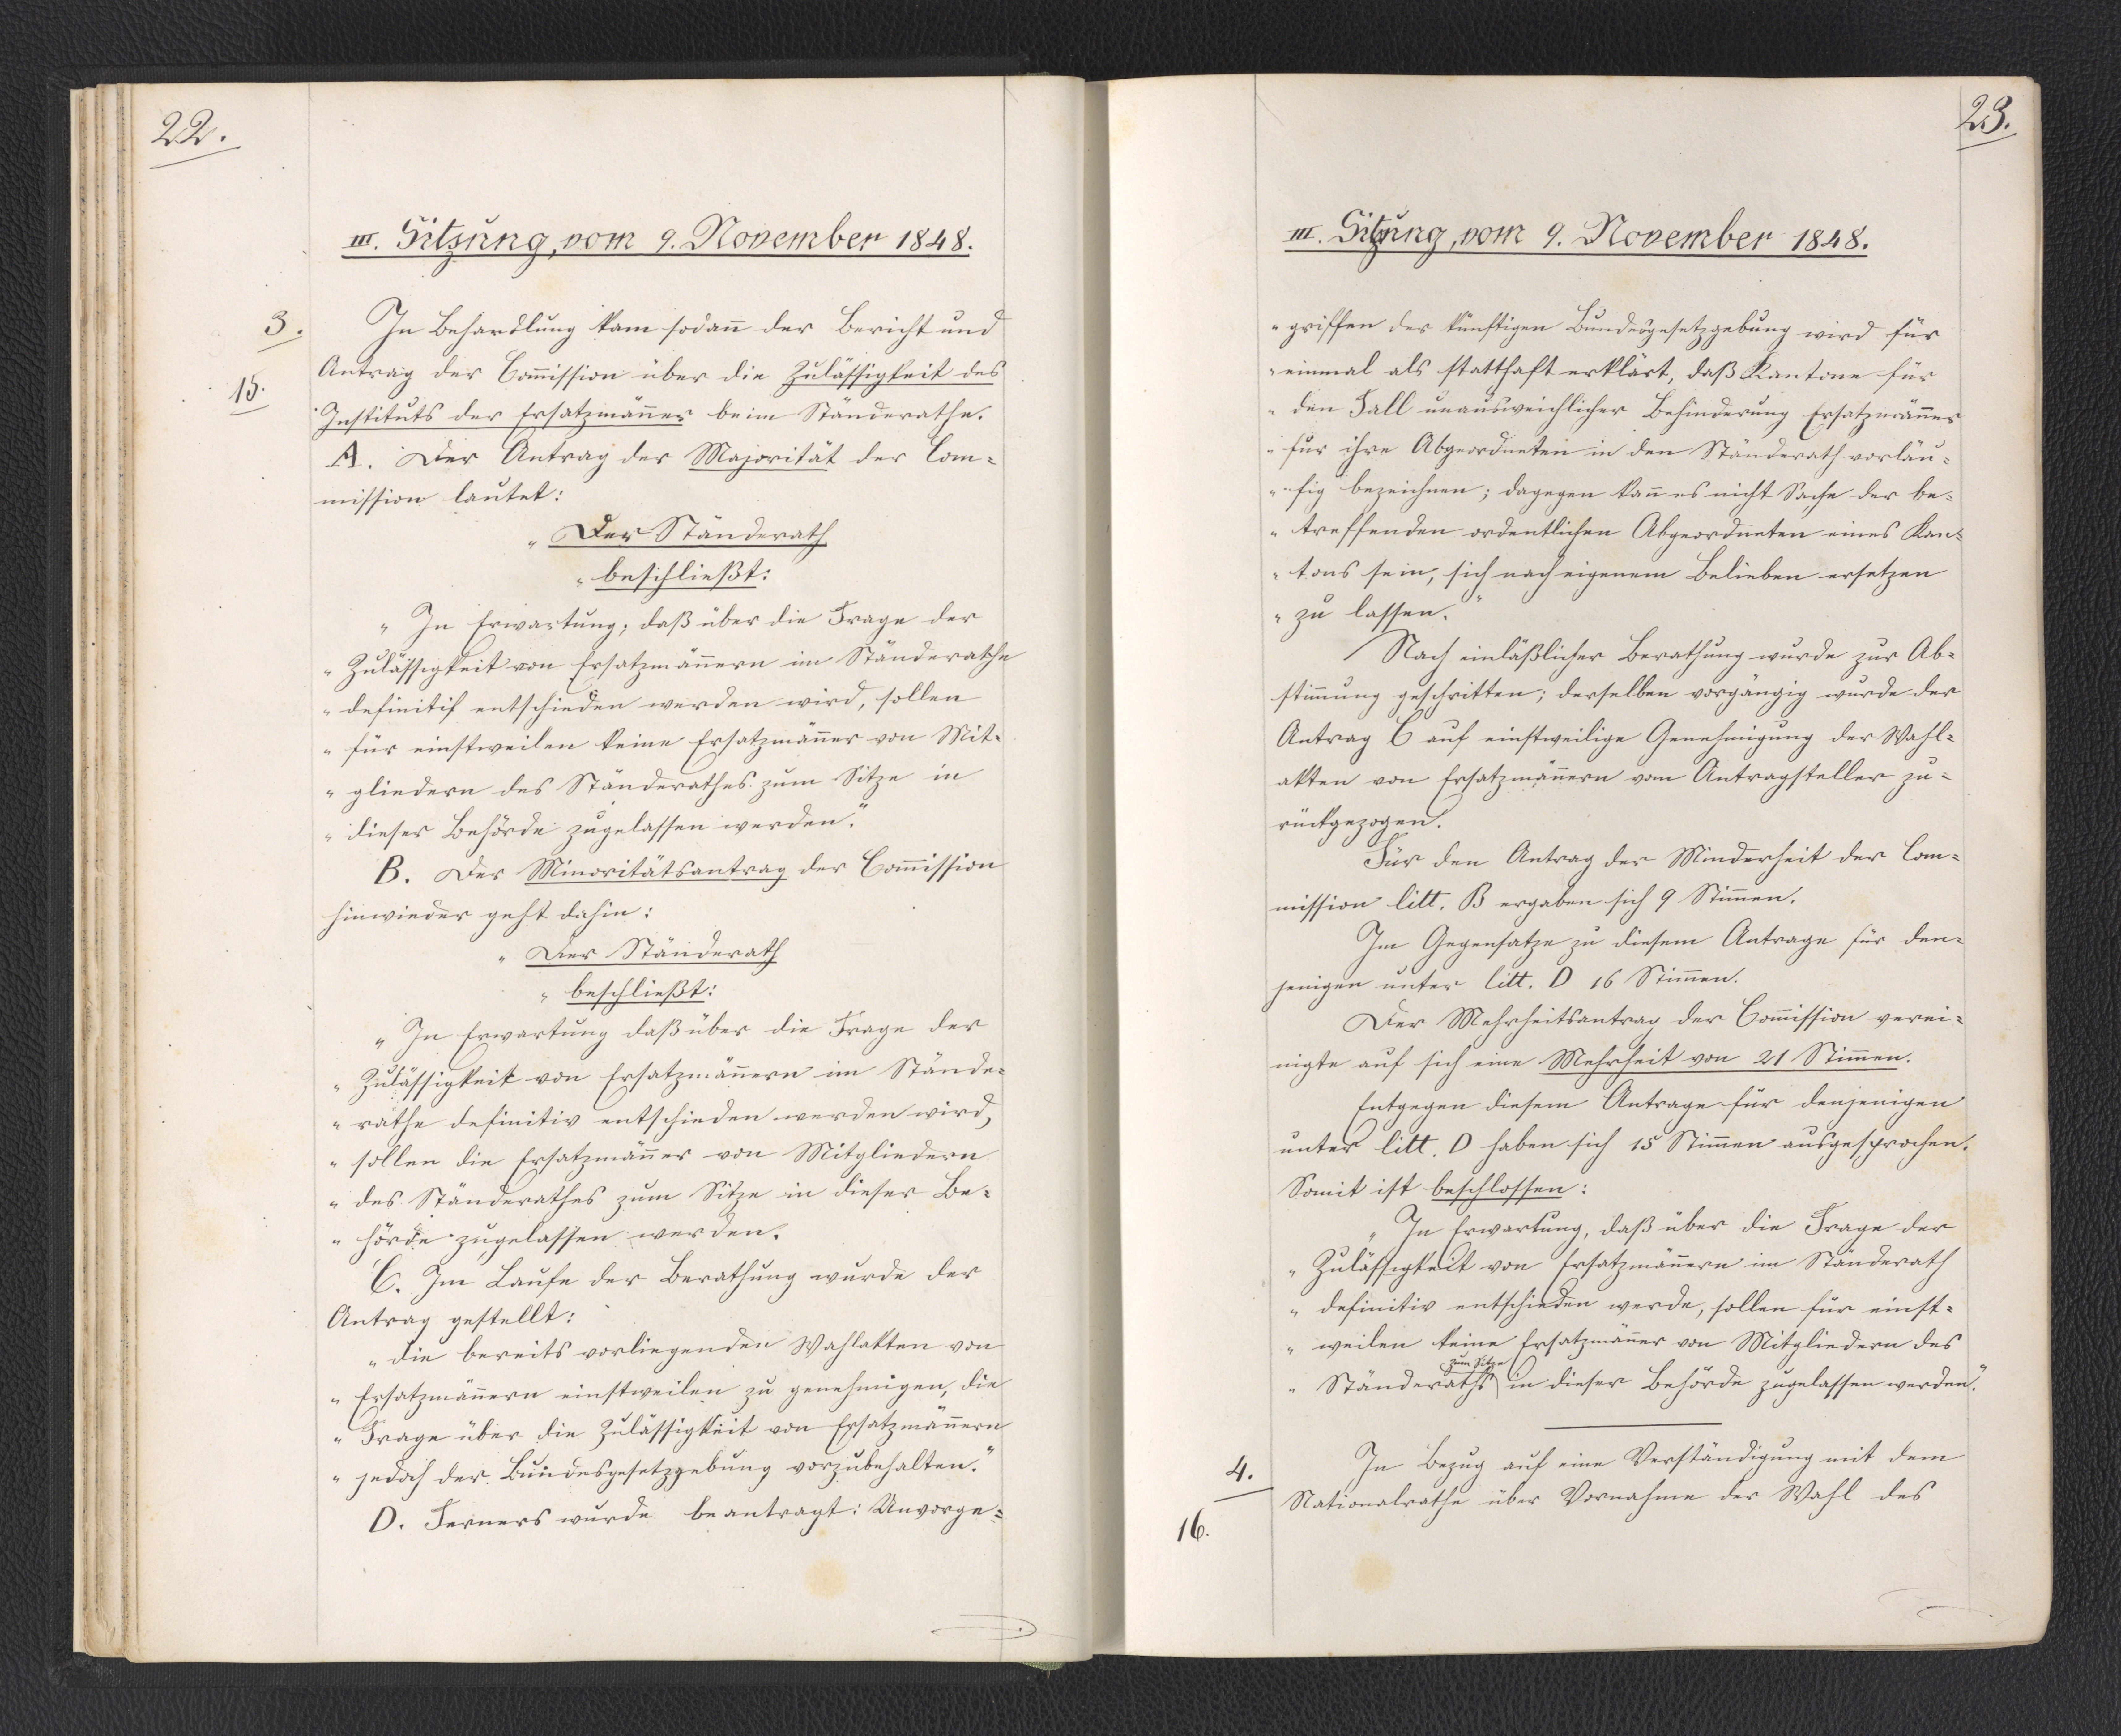
22.

III. Sitzung, vom 9. November 1848.

In Behandlung kam sodann der Bericht und
Antrag der Commission über die Zulässigkeit des
Instituts der Ersatzmänner beim Ständerathe.
A. Der Antrag der Majorität der Com¬
mission lautet:
Der Ständerath
beschließt:
"In Erwartung, daß über die Frage der
Zulässigkeit von Ersatzmännern im Ständerathe
definitif entschieden werden wird, sollen
für einstweilen keine Ersatzmänner von Mit¬
gliedern des Ständerathes zum Sitze in
dieser Behörde zugelassen werden."
B. Der Minoritätsantrag der Commission
hinwieder geht dahin:
"Der Ständerath
beschließt:
In Erwartung daß über die Frage der
Zuläßigkeit von Ersatzmännern im Stände¬
rathe definitiv entschieden werden wird,
sollen die Ersatzmänner von Mitgliedern
des Ständerathes zum Sitze in dieser Be¬
hörde zugelassen werden.
C. Im Laufe der Berathung wurde der
Antrag gestellt:
"die bereits vorliegenden Wahlakten von
Ersatzmännern einstweilen zu genehmigen, die
Frage über die Zulässigkeit von Ersatzmännern
jedoch der Bundesgesetzgebung vorzubehalten."
D. Ferners wurde beantragt: "Unvorge¬

3.
15.

23.

III. Sitzung, vom 9. November 1848.

griffen der künftigen Bundesgesetzgebung wird für
einmal als statthaft erklärt, daß Kantone für
den Fall unausweichlicher Behinderung Ersatzmänner
für ihre Abgeordneten in den Ständerath vorläu¬
fig bezeichnen; dagegen kann es nicht Sache der be¬
treffenden ordentlichen Abgeordneten eines Kan¬
tons sein, sich nach eigenem Belieben ersetzen
zu lassen."
Nach einläßlicher Berathung wurde zur Ab¬
stimmung geschritten; derselben vorgängig wurde der
Antrag C auf einstweilige Genehmigung der Wahl¬
akten von Ersatzmännern vom Antragsteller zu¬
rückgezogen.
Für den Antrag der Minderheit der Com¬
mission litt. B ergaben sich 9 Stimmen.
Im Gegensatze zu diesem Antrage für den¬
jenigen unter litt. D 16 Stimmen.
Der Mehrheitsantrag der Commission verei¬
nigte auf sich eine Mehrheit von 21 Stimmen.
Entgegen diesem Antrage für denjenigen
unter litt. D haben sich 15 Stimmen ausgesprochen.
Somit ist beschlossen:
"In Erwartung, daß über die Frage der
Zulässigkeit von Ersatzmännern im Ständerath
definitiv entschieden werde, sollen für einst¬
weilen keine Ersatzmänner von Mitgliedern des
Ständeraths * in dieser Behörde zugelassen werden."
* zum Sitze
In Bezug auf eine Verständigung mit dem
Nationalrathe über Vornahme der Wahl des

4.
16.